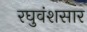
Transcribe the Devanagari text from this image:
रघुवंशसार